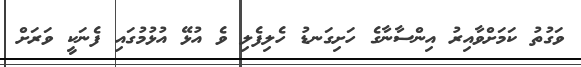
ވަގުތު ކަމަށްވާއިރު އިންސާނާގެ ހަށިގަނޑު ހެލިފެލި ވެ އުޅޭ އުޅުމުގައި ފެނަކީ ވަރަށް